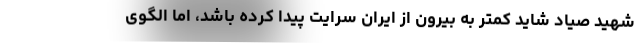
شهید صیاد شاید کمتر به بیرون از ایران سرایت پیدا کرده باشد، اما الگوی